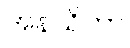
အနသိတာ